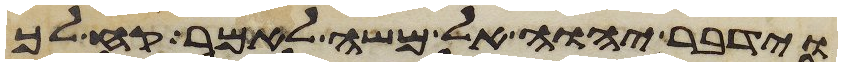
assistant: וידבר יהוה אל משה לאמר קח לך